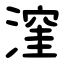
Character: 漥